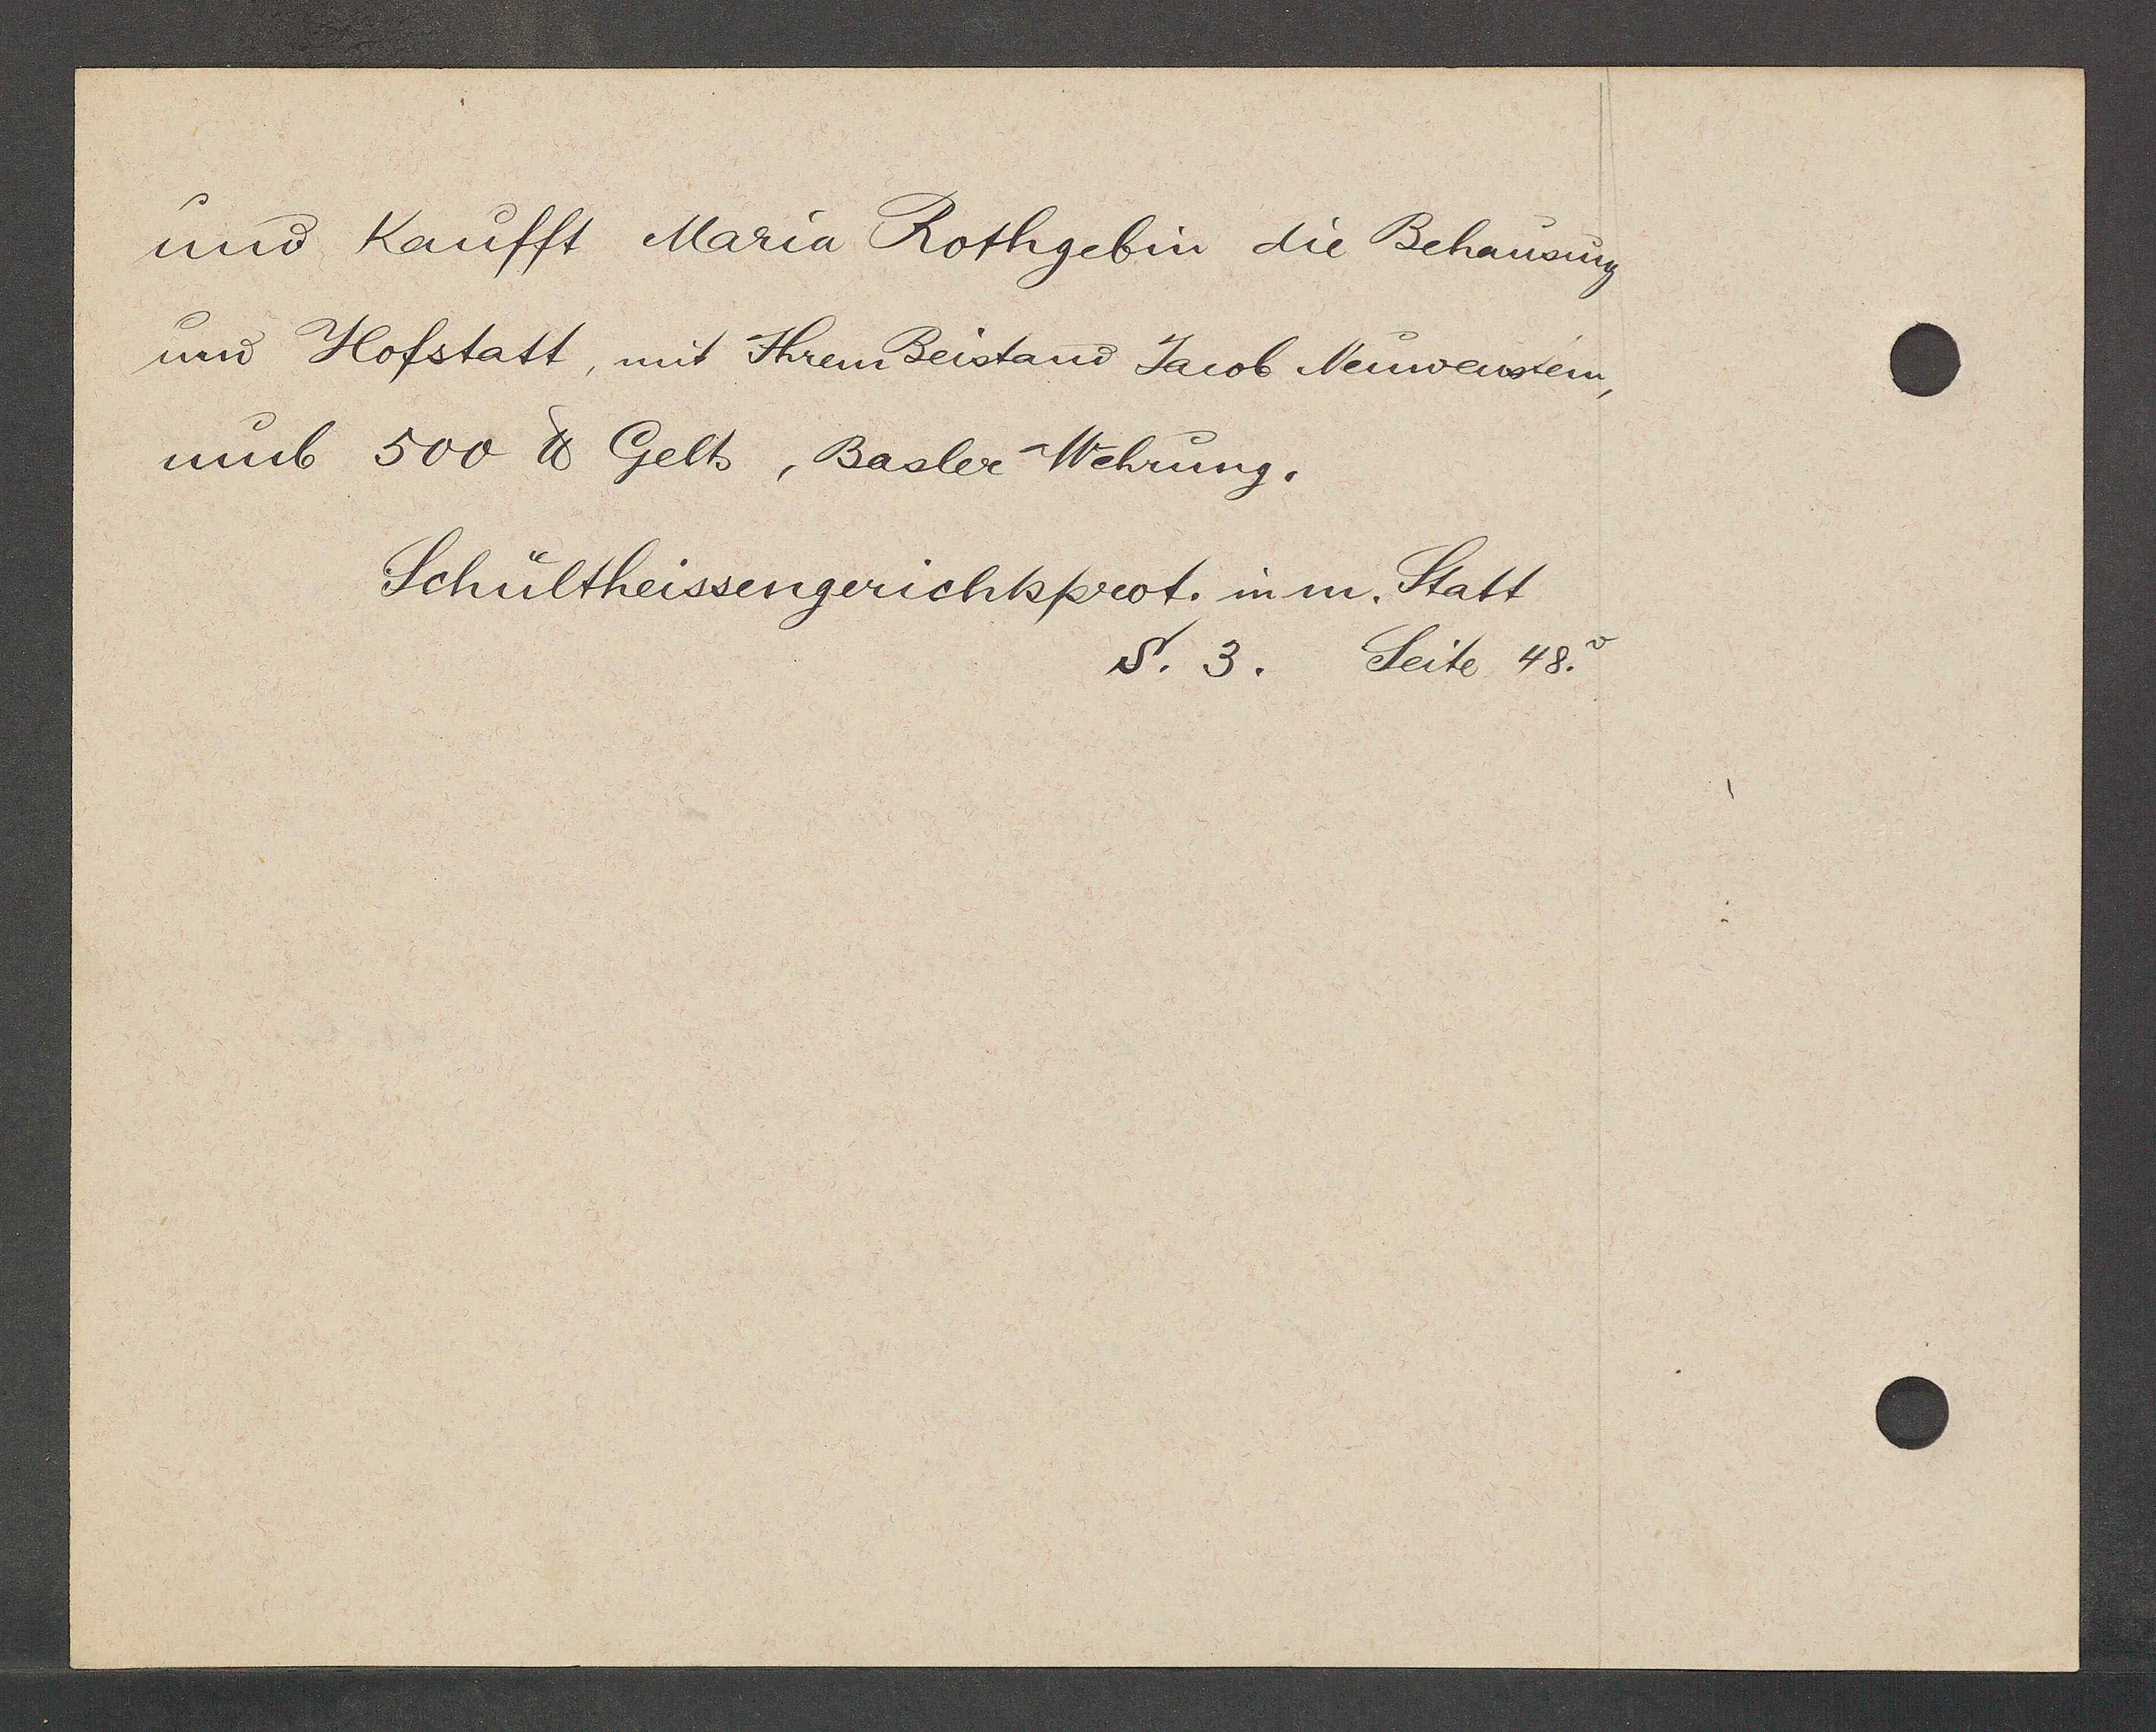
Transcript:
und Kaufft Maria Rothgebin die Behausung
und Hofstatt, mit Ihrem Beistand Jacob Neuwenstein,
umb 500 ℔ Gelts, Basler Wehrung.

Schültheissengerichtsprot. in m. Statt
S. 3. Seite 48v